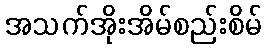
အသက်အိုးအိမ်စည်းစိမ်